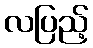
လပြည့်